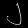
Digit: ၂